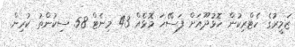
ޒަމީރުގެ ހެޓްރިކުން ހޮޅުދޫއަށް ފަސޭހަ މޮޅެއް 43 މިނެޓް 58 ސިކުންތު ކުރިން.